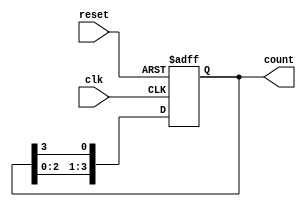
module ring_counter (
    input wire clk,          // Clock signal
    input wire reset,        // Asynchronous reset
    output reg [3:0] count   // 4-bit output representing the counter state
);

    // Initialization of the counter
    always @(posedge clk or posedge reset) begin
        if (reset) begin
            count <= 4'b0001; // Set initial state to 0001 on reset
        end else begin
            count <= {count[2:0], count[3]}; // Shift left and wrap around
        end
    end

endmodule